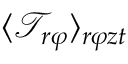
\langle \mathcal { T } _ { r \varphi } \rangle _ { r \varphi z t }